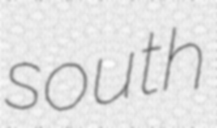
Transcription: south